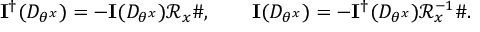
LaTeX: \mathbf { I } ^ { \dagger } ( D _ { \theta ^ { x } } ) = - \mathbf { I } ( D _ { \theta ^ { x } } ) \mathcal { R } _ { x } \# , \qquad \mathbf { I } ( D _ { \theta ^ { x } } ) = - \mathbf { I } ^ { \dagger } ( D _ { \theta ^ { x } } ) \mathcal { R } _ { x } ^ { - 1 } \# .